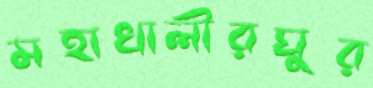
মহাখালীরঘুর